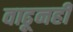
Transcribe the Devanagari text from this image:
वाढूनही